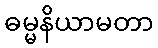
ဓမ္မနိယာမတာ